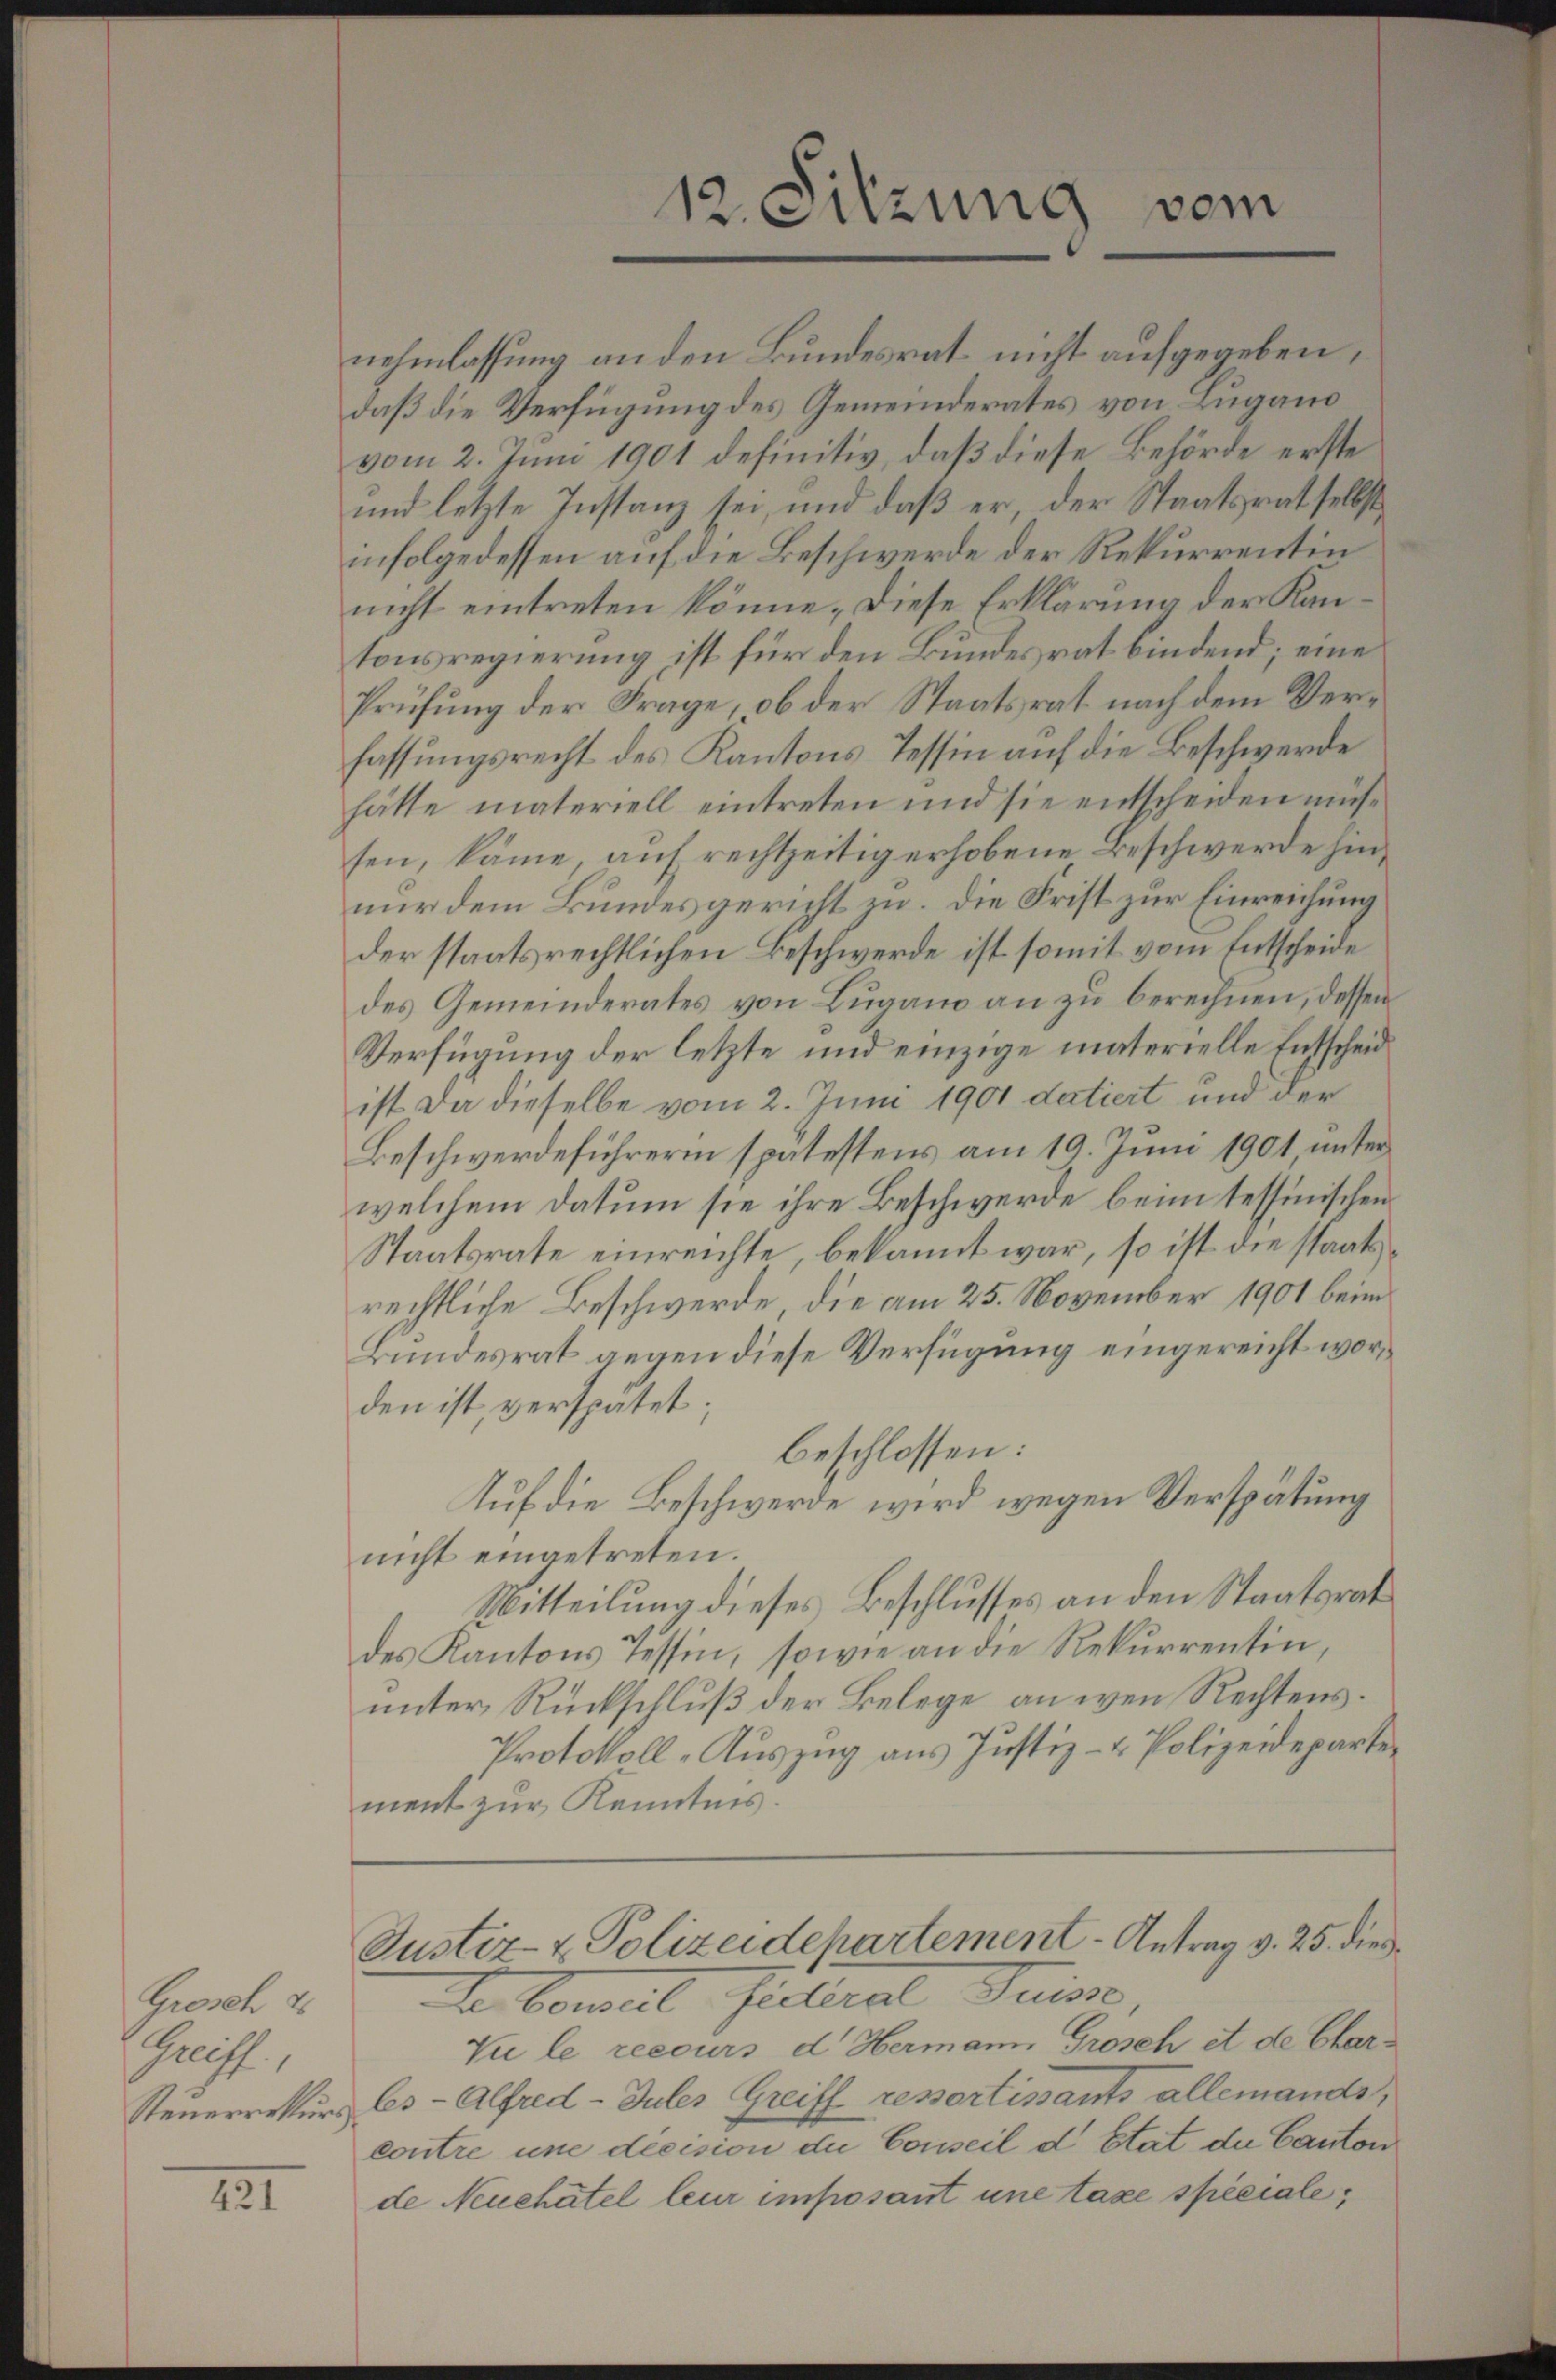
Grosch d
Greiff,
Steuerrekturs

421

vom
12. Sitzung

nehmlassung an den Bundesrat nicht aufgegeben,
daß die Verfügung des Gemeinderates von Lugano
vom 2. Juni 1901 definitiv, daß diese Behörde erste
und letzte Instanz sei, und daß er, der Staatsrat selbst
infolgedessen auf die Beschwerde der Rekurrentin
nicht eintreten könne. Diese Erklärung der Kantonsregierung ist für den Bundesrat bindend; eine
Prüfung der Frage, ob der Staatsrat nach dem Verfassungsrecht des Kantons Tessin auf die Beschwerde
hätte materiell eintreten und sie entscheiden müssen, käme, auf rechtzeitig erhobene Beschwerde hinnur dem Bundesgericht zu. Die Frist zur Einreichung
der staatsrechtlichen Beschwerde ist somit vom Entscheide
des Gemeinderates von Lugano an zu berechnen, dessen
Verfügung der letzte und einzige materielle Entscheid
ist da dieselbe vom 2. Juni 1901 datiert und der
Beschwerdeführerin spätestens am 19. Juni 1901, unter
welchem Datum sie ihre Beschwerde beim tessinischen
Staatsrate einreichte, bekannt war, so ist die staatsrechtliche Beschwerde, die am 25. November 1901 beim
Bundesrat gegen diese Verfügung eingereicht worden ist, verspätet;
beschlossen:
Auf die Beschwerde wird wegen Verspätung
nicht eingetreten.
Mitteilung dieses Beschlusses an den Staatsrat
des Kantons Tessin, sowie an die Rekurrentin,
unter Rückschluß der Belege an wenn Rechtens.
Protokoll-Aŭszŭg ans Justiz- & Polizeideparten
ment zur Kenntnis.

Justiz- & Polizeidepartement - Antrag v. 25. dies¬

Da Concil Fittiral Zinse
Vu le recours d Hermann Grosch et de Charles-Alfred -Jules Greiff ressortisants allemands,
contre une decision die Conseil d Etat die Canton
de Neuchatel leur imposant une taxe spéciale,